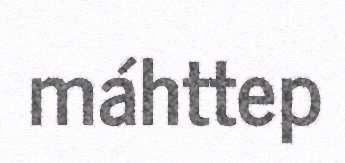
máhttep